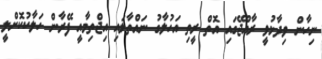
ނިހާން ވިދާޅުވީ ރާއްޖޭގައި އޮތް ރީތި އަހުލާގު ނައްތާލައި އިޖްތިމާއީ ފޭރާން ހަލާކުކޮށްލީ